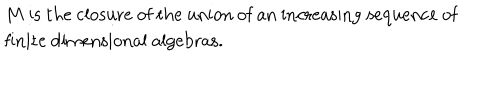
LaTeX: \begin{matrix} { { } } & { { M \ \mathrm { i s ~ t h e ~ c l o s u r e ~ o f ~ t h e ~ u n i o n ~ o f ~ a n ~ i n c r e a s i n g ~ s e q u e n c e ~ o f } } } \\ { { } } & { { \mathrm { f i n i t e ~ d i m e n s i o n a l ~ a l g e b r a s . } \hfill } } \\ \end{matrix}